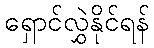
ရှောင်လွှဲနိုင်ရန်